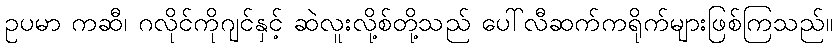
ဥပမာ ကဆီ၊ ဂလိုင်ကိုဂျင်နှင့် ဆဲလူးလို့စ်တို့သည် ပေါ်လီဆက်ကရိုက်များဖြစ်ကြသည်။